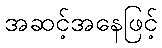
အဆင့်အနေဖြင့်